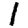
Digit: 1